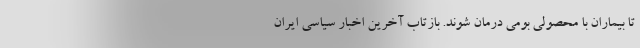
تا بیماران با محصولی بومی درمان شوند. بازتاب آخرین اخبار سیاسی ایران